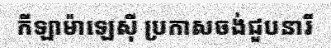
កីឡាម៉ាឡេស៊ី ប្រកាសចង់ជួបនារី